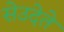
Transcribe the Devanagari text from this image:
सेउदेते